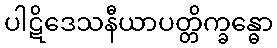
ပါဋိဒေသနီယာပတ္တိက္ခန္ဓော